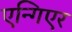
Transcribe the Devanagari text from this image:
एन्गिएर